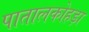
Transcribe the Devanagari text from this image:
पातालकोहड़ा